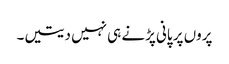
پروں پر پانی پڑنے ہی نہیں دیتیں۔